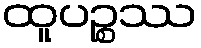
ထူပဉ္စဿ